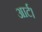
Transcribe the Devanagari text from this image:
आर्ट।